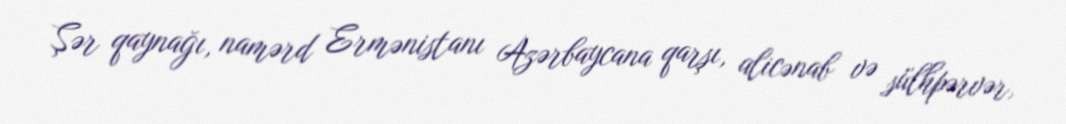
Şər qaynağı, namərd Ermənistanı Azərbaycana qarşı, alicənab və sülhpərvər,